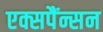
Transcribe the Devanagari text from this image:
एक्सपैंन्सन